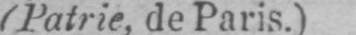
(Patrie, de Paris.)